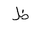
Letter: _za